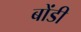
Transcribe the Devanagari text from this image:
बोंडी